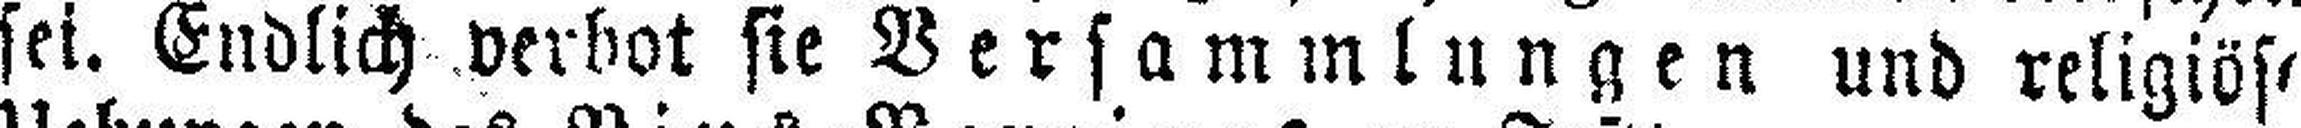
sei. Endlich verbot sie Versammlungen und religiöse